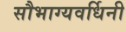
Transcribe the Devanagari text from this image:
सौभाग्यवर्धिनी